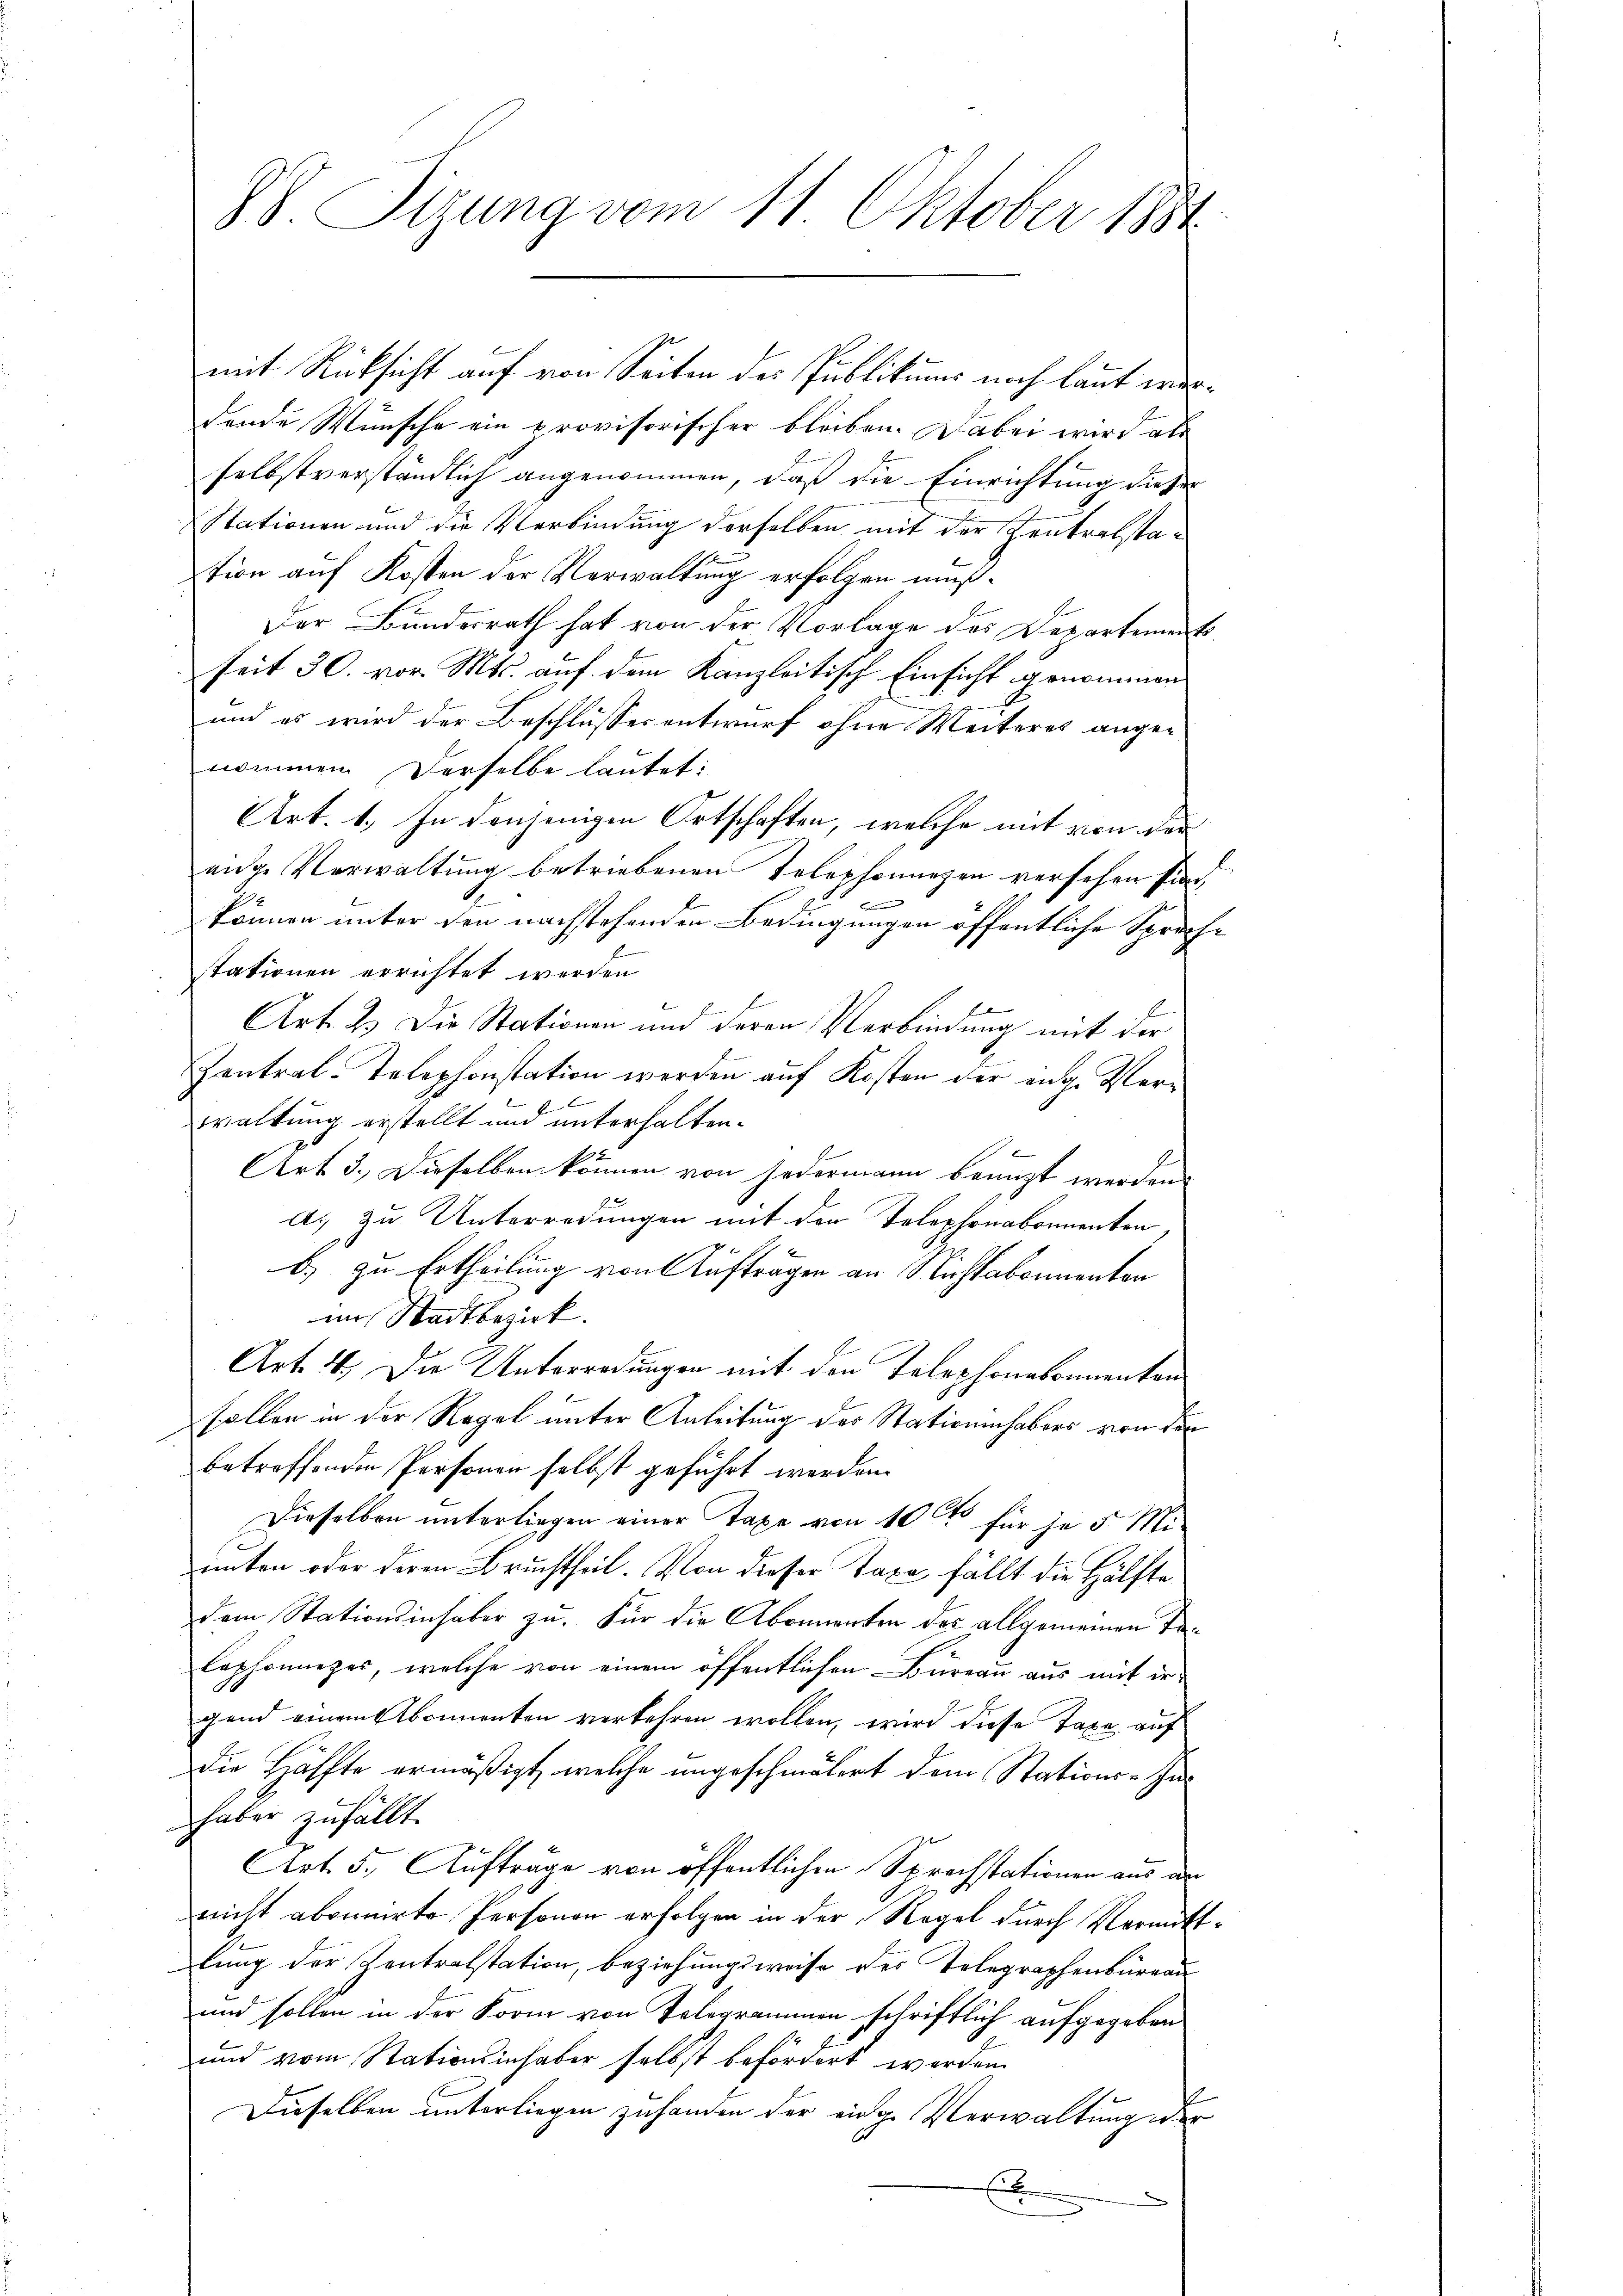
88. Sizung vom 11. Oktober 1884

mit Rücksicht auf von Seiten des Publikums noch laut werdende Wünsche ein provisorischer bleiben. Dabei wird als
selbstverständlich angenommen, daß die Einrichtung dieser
Stationen und die Verbindung derselben mit der Zentralstation auf Kosten der Verwaltung erfolgen muß¬
Der Bundesrath hat von der Vorlage des Departement
seit 30. vor. Mts. auf dem Kanzleitisch Einsicht genommen
und es wird der Beschlusses entwurf ohne Weiteres angenommen. Derselbe lautet:
Art. 1. In denjenigen Ortschaften, welche mit von den
eige Verwaltung betriebenen Telephonungen versehen sind.
e
können unter den nachstehenden Bedingungen öffentliche Sprache
stationen errichtet werden
s
Art. 2. Die Stationen und deren Verbindung mit der
Zentral-Telephonstation werden auf Kosten der eige Verwaltung erstellt und unterhalten.
Art 3. Dieselben können von Hedermann benuzt werden.
a. zu Unterredungen mit der Telephonabonnenten,
b.) zu Ertheilung von Auftragen an Nichtabonnenten
im Stadtbezirk.
Art. 4. Die Unterredungen mit den Telephonabonnenten
sollen in der Regel unter Anleitung der Stationinhabers von der
betreffenden Personen selbst geführt werden.
Dieselben unterliegen einer Taxe von 10 t für je 5 Miunten oder deren Bruchtheil. Von dieser Taxa fällt die Hälfte
dem Stationsinhaber zu. Für die Abonnenten der allgemeinen To¬
Cophonieper, welche von einem öffentlichen Bureau aus mit irgend einem Abonnenten verkehren wollen, wird diese Taxe auf
die Hälfte ermäßigt, welche ungeschmälert dem Stations-Inhaber zufällt.
Art. 5. Aufträge von öffentlichen Sprachstationen aus an
nicht abonnirte Personen erfolgen in der Regel durch Vermittlung der Zentralstation, beziehungsweise des Telegraphenburgau
und sollen in der Form von Telegrammen schriftlich aufgegeben
und vom Stationsinhaber selbst befördert werden.
l
Dieselben unterliegen zuhanden der einge Verwaltung wer
E